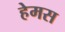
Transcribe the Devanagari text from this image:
हेमस